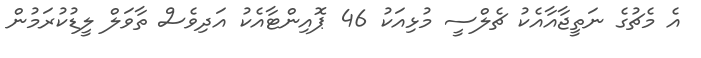
އެ މެޗުގެ ނަތީޖާއާއެކު ޗެލްސީ މުޅިއަކު 46 ޕޮއިންޓާއެކު އަދިވެސް ތާވަލް ލީޑުކުރަމުން